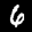
Label: 6